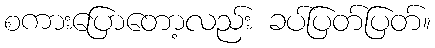
စကားပြောတော့လည်း ခပ်ပြတ်ပြတ်။